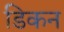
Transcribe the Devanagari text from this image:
डिकन